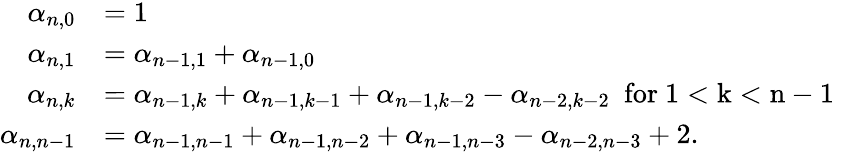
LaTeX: \begin{array}{rl}{\alpha_{n,0}}&{=1}\\ {\alpha_{n,1}}&{=\alpha_{n-1,1}+\alpha_{n-1,0}}\\ {\alpha_{n,k}}&{=\alpha_{n-1,k}+\alpha_{n-1,k-1}+\alpha_{n-1,k-2}-\alpha_{n-2,k-2}\mathrm{~\ for~1<k<n-1~}}\\ {\alpha_{n,n-1}}&{=\alpha_{n-1,n-1}+\alpha_{n-1,n-2}+\alpha_{n-1,n-3}-\alpha_{n-2,n-3}+2.}\end{array}